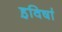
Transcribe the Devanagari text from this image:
ह॒विषा॑